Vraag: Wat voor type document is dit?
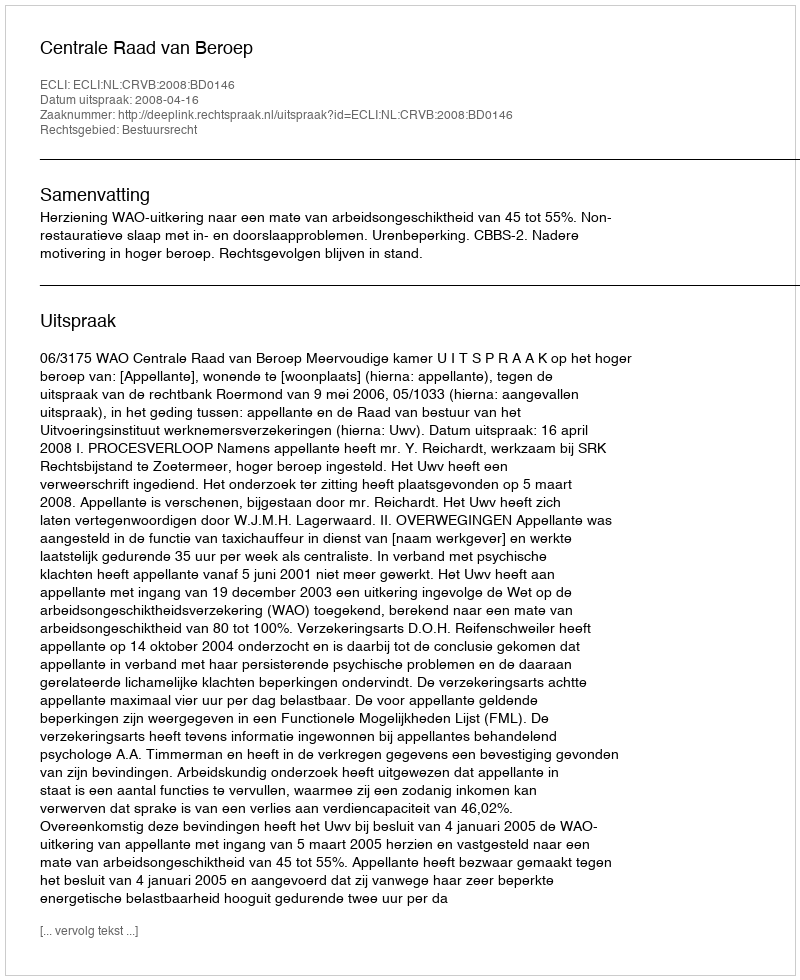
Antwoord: Uitspraak